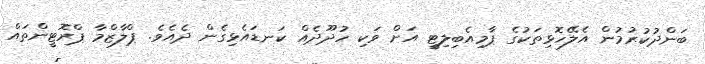
ބަންދުކުރުމުން އެލޭހޮޅިތަކުގެ ޕާމިއެބިލިޓީ އަށް ވަކި ހުދޫދެއް ކަނޑައެޅިގެން ދެއެވެ. ޕްލާޒްމާ ޕްރޮޓީންތައް